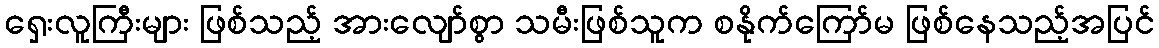
ရှေးလူကြီးများ ဖြစ်သည့် အားလျော်စွာ သမီးဖြစ်သူက စနိုက်ကြော်မ ဖြစ်နေသည့်အပြင်